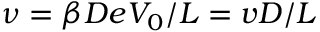
\nu = \beta D e V _ { 0 } / L = v D / L